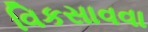
વિકસાવવા